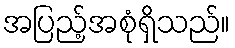
အပြည့်အစုံရှိသည်။